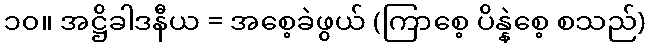
၁၀။ အဋ္ဌိခါဒနီယ = အစေ့ခဲဖွယ် (ကြာစေ့ ပိန္နဲစေ့ စသည်)